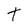
Character: t